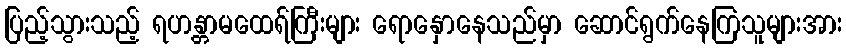
ပြည့်သွားသည့် ရဟန္တာမထေရ်ကြီးများ ရောနှောနေသည်မှာ ဆောင်ရွက်နေကြသူများအား